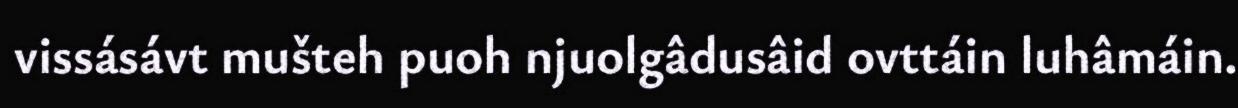
vissásávt mušteh puoh njuolgâdusâid ovttáin luhâmáin.